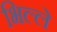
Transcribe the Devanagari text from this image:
भिल्ले